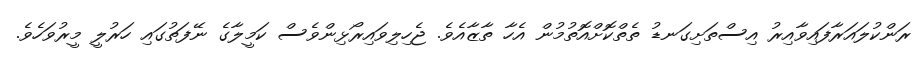
ރަންކުލައަރާފައިވާއިރު އިސްތަށިގަނޑު ތެތްކޮށްއޮތުމުން އެހާ ތާޒާއެވެ. ޖެހިލިވައިރޯޅިންވެސް ކަމީލާގެ ނޭފަތުގައި ހަރުލީ މީރުވަހެވެ.